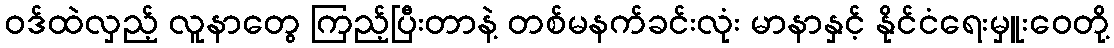
ဝဒ်ထဲလှည့် လူနာတွေ ကြည့်ပြီးတာနဲ့ တစ်မနက်ခင်းလုံး မာနာနှင့် နိုင်ငံရေးမှူးဝေတို့